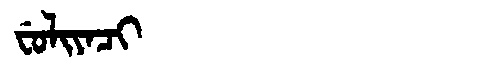
Manchu: ᠸᡠᠯᡳᠶᠠᠴᡳ
Romanization: FULIYACI